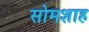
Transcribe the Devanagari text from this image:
सोमशाह